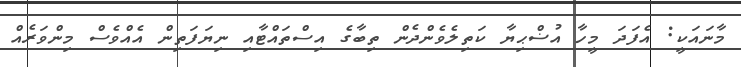
މާނައަކީ: އެފަދަ މީހާ އުޟްޙިޔާ ކަތިލެވެންދެން ތިބާގެ އިސްތައްޓާއި ނިޔަފަތިން އެއްވެސް މިންވަރެއް